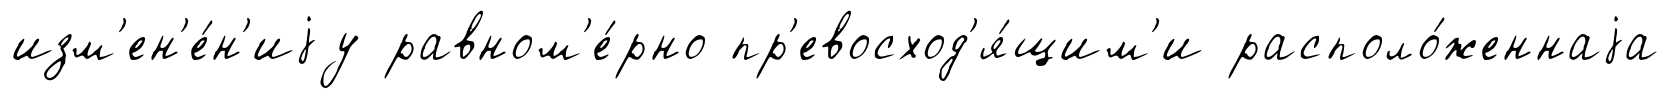
изм'ен'е́н'иjу равном'е́рно пр'евосход'я́щим'и располо́женнаjа